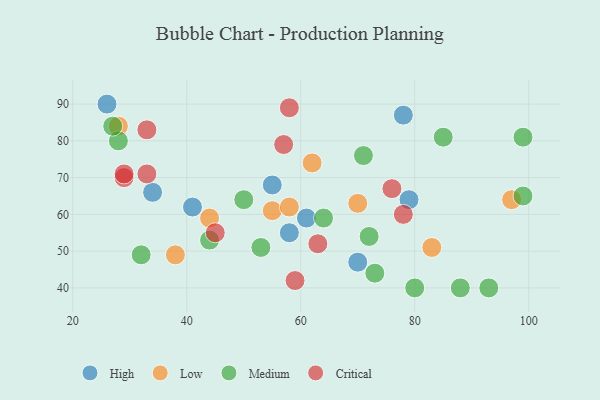
{"axis": {"x": "GDP", "y": "Life Expectancy"}, "legend": ["Critical", "High", "Low", "Medium"], "data": [{"x": "58", "y": 55, "type": "High"}, {"x": "61", "y": 59, "type": "High"}, {"x": "70", "y": 47, "type": "High"}, {"x": "26", "y": 90, "type": "High"}, {"x": "55", "y": 68, "type": "High"}, {"x": "79", "y": 64, "type": "High"}, {"x": "78", "y": 87, "type": "High"}, {"x": "34", "y": 66, "type": "High"}, {"x": "41", "y": 62, "type": "High"}, {"x": "38", "y": 49, "type": "Low"}, {"x": "55", "y": 61, "type": "Low"}, {"x": "62", "y": 74, "type": "Low"}, {"x": "44", "y": 59, "type": "Low"}, {"x": "70", "y": 63, "type": "Low"}, {"x": "83", "y": 51, "type": "Low"}, {"x": "28", "y": 84, "type": "Low"}, {"x": "97", "y": 64, "type": "Low"}, {"x": "58", "y": 62, "type": "Low"}, {"x": "93", "y": 40, "type": "Medium"}, {"x": "80", "y": 40, "type": "Medium"}, {"x": "88", "y": 40, "type": "Medium"}, {"x": "99", "y": 65, "type": "Medium"}, {"x": "32", "y": 49, "type": "Medium"}, {"x": "44", "y": 53, "type": "Medium"}, {"x": "50", "y": 64, "type": "Medium"}, {"x": "73", "y": 44, "type": "Medium"}, {"x": "72", "y": 54, "type": "Medium"}, {"x": "85", "y": 81, "type": "Medium"}, {"x": "99", "y": 81, "type": "Medium"}, {"x": "28", "y": 80, "type": "Medium"}, {"x": "27", "y": 84, "type": "Medium"}, {"x": "64", "y": 59, "type": "Medium"}, {"x": "71", "y": 76, "type": "Medium"}, {"x": "53", "y": 51, "type": "Medium"}, {"x": "58", "y": 89, "type": "Critical"}, {"x": "45", "y": 55, "type": "Critical"}, {"x": "78", "y": 60, "type": "Critical"}, {"x": "29", "y": 70, "type": "Critical"}, {"x": "33", "y": 83, "type": "Critical"}, {"x": "59", "y": 42, "type": "Critical"}, {"x": "29", "y": 71, "type": "Critical"}, {"x": "63", "y": 52, "type": "Critical"}, {"x": "33", "y": 71, "type": "Critical"}, {"x": "76", "y": 67, "type": "Critical"}, {"x": "57", "y": 79, "type": "Critical"}]}